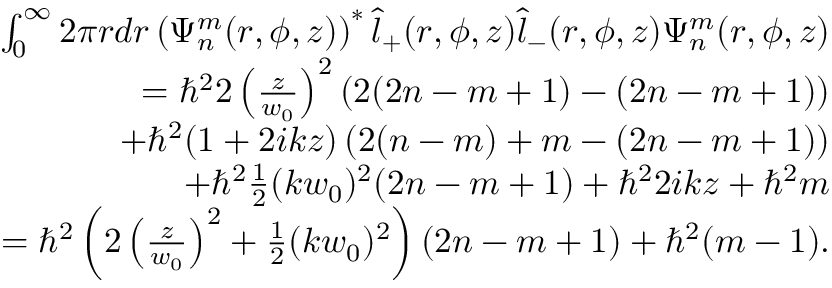
\begin{array} { r l r } & { } & { \int _ { 0 } ^ { \infty } 2 \pi r d r \left( \Psi _ { n } ^ { m } ( r , \phi , z ) \right) ^ { * } \hat { l } _ { + } ( r , \phi , z ) \hat { l } _ { - } ( r , \phi , z ) \Psi _ { n } ^ { m } ( r , \phi , z ) } \\ & { } & { = \hbar ^ { 2 } 2 \left( \frac { z } { w _ { 0 } } \right) ^ { 2 } \left( 2 ( 2 n - m + 1 ) - ( 2 n - m + 1 ) \right) } \\ & { } & { + \hbar ^ { 2 } ( 1 + 2 i k z ) \left( 2 ( n - m ) + m - ( 2 n - m + 1 ) \right) } \\ & { } & { + \hbar ^ { 2 } \frac { 1 } { 2 } ( k w _ { 0 } ) ^ { 2 } ( 2 n - m + 1 ) + \hbar ^ { 2 } 2 i k z + \hbar ^ { 2 } m } \\ & { } & { = \hbar ^ { 2 } \left( 2 \left( \frac { z } { w _ { 0 } } \right) ^ { 2 } + \frac { 1 } { 2 } ( k w _ { 0 } ) ^ { 2 } \right) ( 2 n - m + 1 ) + \hbar ^ { 2 } ( m - 1 ) . } \end{array}